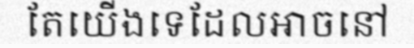
តែយើងទេដែលអាចនៅ